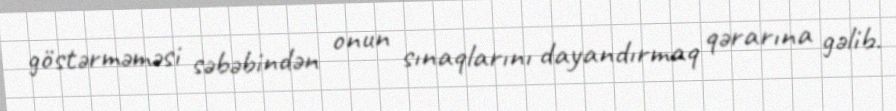
göstərməməsi səbəbindən onun sınaqlarını dayandırmaq qərarına gəlib.